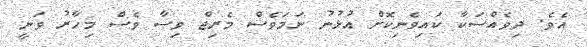
އެވެ. ދިވެއްސަކާ ކައިވެނިކޮށް އުޅުނު ނަމަވެސް މެރިޖް ވިސާ ވެސް މިހާރު ވަނީ